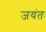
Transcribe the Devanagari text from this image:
जयंतः